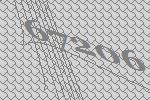
67206